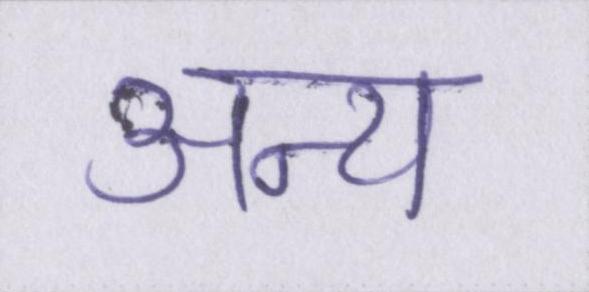
अन्य